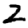
Digit: 2